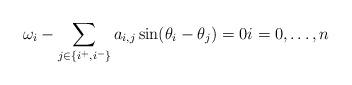
LaTeX: \begin{align*} \omega_i - \sum_{j \in \{i^+,i^-\}} a_{i,j} \sin(\theta_{i}-\theta_{j}) = 0 i = 0,\dots,n \end{align*}